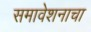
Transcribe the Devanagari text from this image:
समावेशनाचा